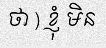
ថា ) ខ្ញុំ មិន